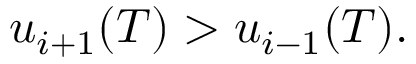
u _ { i + 1 } ( T ) > u _ { i - 1 } ( T ) .